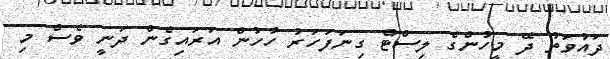
ދައުވަތު ދޭ މީހުންގެ ލިސްޓް ގިނަފަހަރު ހާހުން އަރައިގެން ދަނީ ވެސް މި